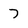
Character: 7